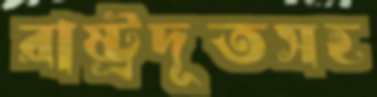
রাষ্ট্রদূতসহ